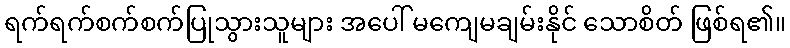
ရက်ရက်စက်စက်ပြုသွားသူများ အပေါ် မကျေမချမ်းနိုင် သောစိတ် ဖြစ်ရ၏။